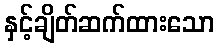
နှင့်ချိတ်ဆက်ထားသော